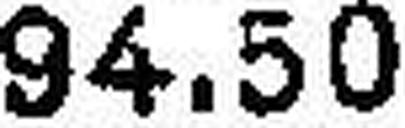
94.50